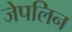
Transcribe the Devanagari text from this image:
जेपलिन